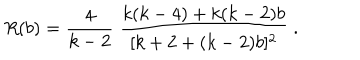
R ( b ) = \frac { 4 } { k - 2 } \; \frac { k ( k - 4 ) + k ( k - 2 ) b } { [ k + 2 + ( k - 2 ) b ] ^ { 2 } } \; .